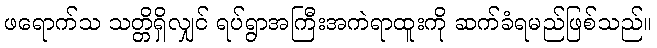
ဖရောက်သ သတ္တိရှိလျှင် ရပ်ရွာအကြီးအကဲရာထူးကို ဆက်ခံရမည်ဖြစ်သည်။